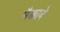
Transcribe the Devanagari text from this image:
मैक्काबे